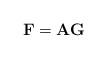
LaTeX: \begin{align*}\mathbf{F} = \mathbf{A}\mathbf{G}\end{align*}